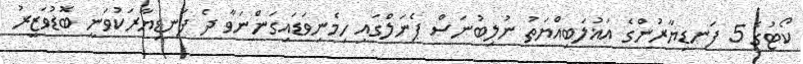
ކޯޓުގެ 5 ފަނޑިޔާރުންގެ އަޣުލަބިއްޔަތު ނުލިބުނަސް ޕެނަލްގައި ހިމެނިވަޑައިގަންނަވާ ދެ ފަނޑިޔާރަކުވަނީ ބޮޑުވަޒީރު